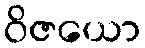
ဝိဇယော